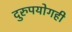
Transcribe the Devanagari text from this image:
दुरुपयोगही